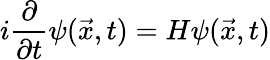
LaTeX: i\frac{\partial}{\partial t}\psi(\vec{x},t)=H\psi(\vec{x},t)